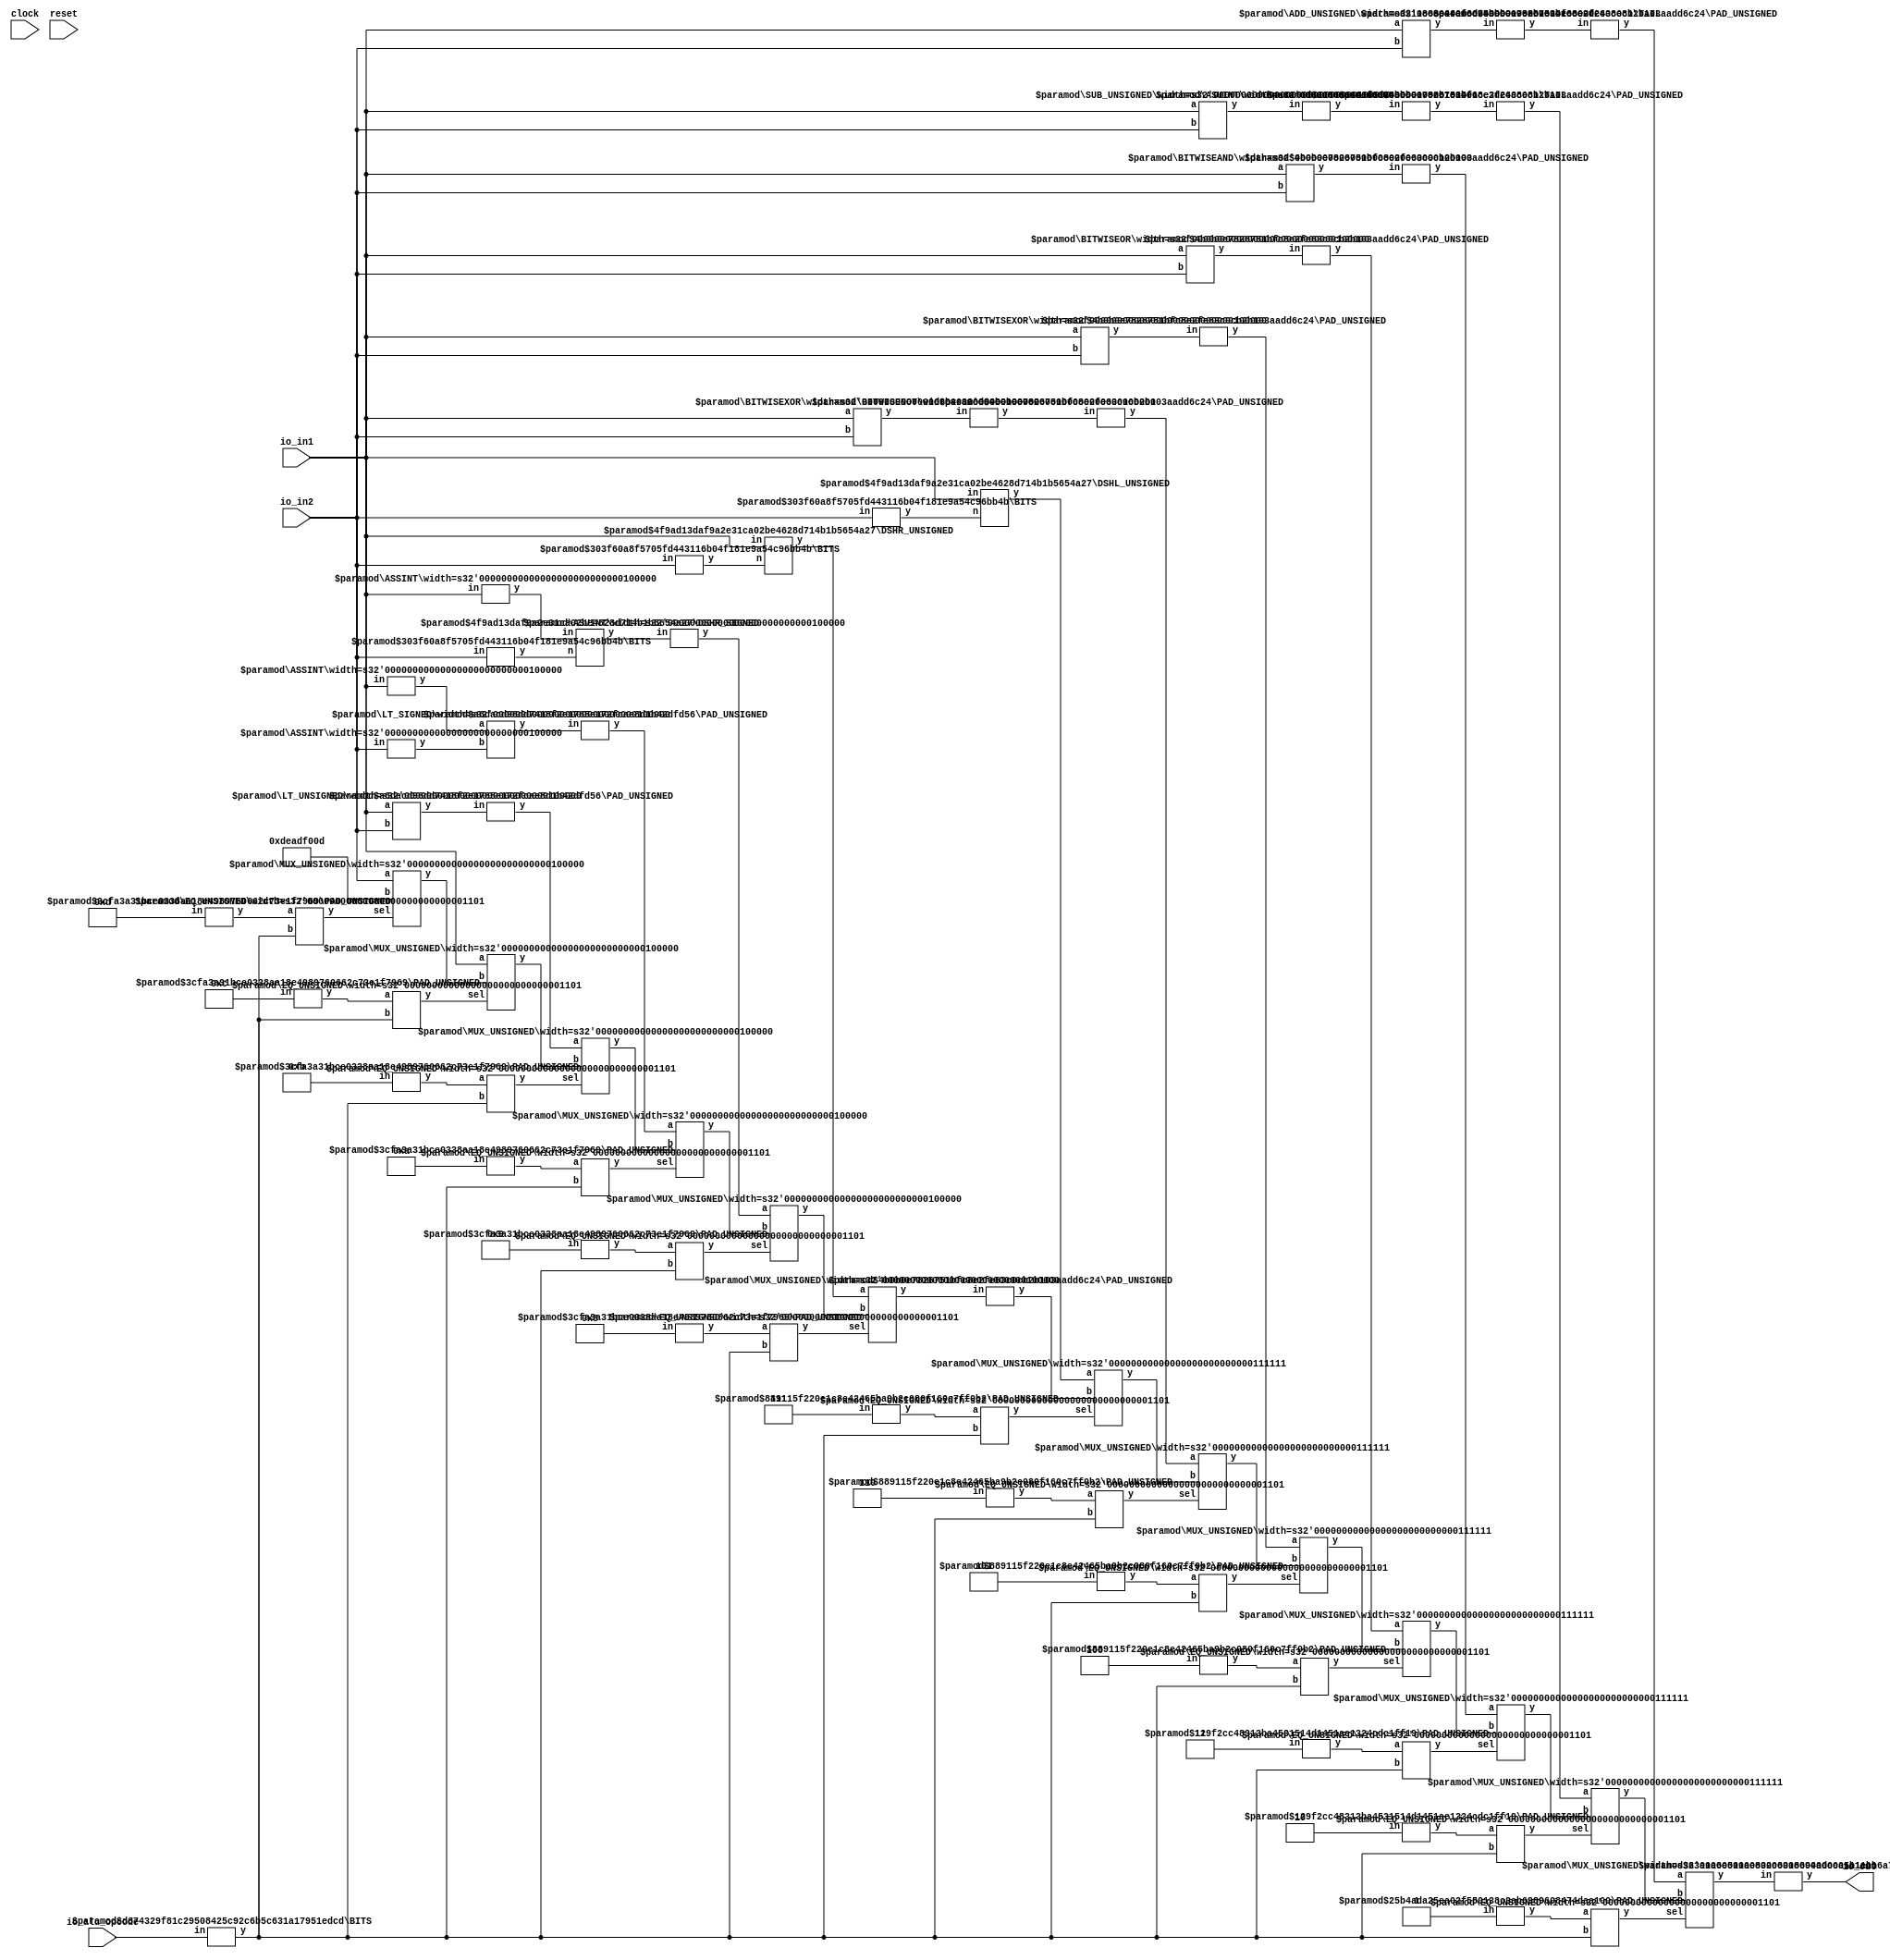
module ALU(
    input clock,
    input reset,
    input [31:0] io_in1,
    input [31:0] io_in2,
    input [12:0] io_alu_opcode,
    output [31:0] io_out
);
    wire [12:0] mux_alu_opcode;
    BITS #(.width(13), .high(12), .low(0)) bits_1 (
        .y(mux_alu_opcode),
        .in(io_alu_opcode)
    );
    wire [32:0] _T_20;
    ADD_UNSIGNED #(.width(32)) u_add_2 (
        .y(_T_20),
        .a(io_in1),
        .b(io_in2)
    );
    wire [31:0] _T_21;
    TAIL #(.width(33), .n(1)) tail_3 (
        .y(_T_21),
        .in(_T_20)
    );
    wire [32:0] _T_22;
    SUB_UNSIGNED #(.width(32)) u_sub_4 (
        .y(_T_22),
        .a(io_in1),
        .b(io_in2)
    );
    wire [32:0] _T_23;
    ASUINT #(.width(33)) asuint_5 (
        .y(_T_23),
        .in(_T_22)
    );
    wire [31:0] _T_24;
    TAIL #(.width(33), .n(1)) tail_6 (
        .y(_T_24),
        .in(_T_23)
    );
    wire [31:0] _T_25;
    BITWISEAND #(.width(32)) bitwiseand_7 (
        .y(_T_25),
        .a(io_in1),
        .b(io_in2)
    );
    wire [31:0] _T_26;
    BITWISEOR #(.width(32)) bitwiseor_8 (
        .y(_T_26),
        .a(io_in1),
        .b(io_in2)
    );
    wire [31:0] _T_27;
    BITWISEXOR #(.width(32)) bitwisexor_9 (
        .y(_T_27),
        .a(io_in1),
        .b(io_in2)
    );
    wire [31:0] _T_28;
    BITWISEXOR #(.width(32)) bitwisexor_10 (
        .y(_T_28),
        .a(io_in1),
        .b(io_in2)
    );
    wire [31:0] _T_29;
    BITWISENOT #(.width(32)) bitwisenot_11 (
        .y(_T_29),
        .in(_T_28)
    );
    wire [4:0] _T_30;
    BITS #(.width(32), .high(4), .low(0)) bits_12 (
        .y(_T_30),
        .in(io_in2)
    );
    wire [62:0] _T_31;
    DSHL_UNSIGNED #(.width_in(32), .width_n(5)) u_dshl_13 (
        .y(_T_31),
        .in(io_in1),
        .n(_T_30)
    );
    wire [4:0] _T_32;
    BITS #(.width(32), .high(4), .low(0)) bits_14 (
        .y(_T_32),
        .in(io_in2)
    );
    wire [31:0] _T_33;
    DSHR_UNSIGNED #(.width_in(32), .width_n(5)) u_dshr_15 (
        .y(_T_33),
        .in(io_in1),
        .n(_T_32)
    );
    wire [31:0] _T_34;
    ASSINT #(.width(32)) assint_16 (
        .y(_T_34),
        .in(io_in1)
    );
    wire [4:0] _T_35;
    BITS #(.width(32), .high(4), .low(0)) bits_17 (
        .y(_T_35),
        .in(io_in2)
    );
    wire [31:0] _T_36;
    DSHR_SIGNED #(.width_in(32), .width_n(5)) s_dshr_18 (
        .y(_T_36),
        .in(_T_34),
        .n(_T_35)
    );
    wire [31:0] _T_37;
    ASUINT #(.width(32)) asuint_19 (
        .y(_T_37),
        .in(_T_36)
    );
    wire [31:0] _T_38;
    ASSINT #(.width(32)) assint_20 (
        .y(_T_38),
        .in(io_in1)
    );
    wire [31:0] _T_39;
    ASSINT #(.width(32)) assint_21 (
        .y(_T_39),
        .in(io_in2)
    );
    wire _T_40;
    LT_SIGNED #(.width(32)) s_lt_22 (
        .y(_T_40),
        .a(_T_38),
        .b(_T_39)
    );
    wire _T_41;
    LT_UNSIGNED #(.width(32)) u_lt_23 (
        .y(_T_41),
        .a(io_in1),
        .b(io_in2)
    );
    wire _T_42;
    wire [12:0] _WTEMP_0;
    PAD_UNSIGNED #(.width(4), .n(13)) u_pad_24 (
        .y(_WTEMP_0),
        .in(4'hD)
    );
    EQ_UNSIGNED #(.width(13)) u_eq_25 (
        .y(_T_42),
        .a(_WTEMP_0),
        .b(mux_alu_opcode)
    );
    wire [31:0] _T_43;
    MUX_UNSIGNED #(.width(32)) u_mux_26 (
        .y(_T_43),
        .sel(_T_42),
        .a(io_in2),
        .b(32'hDEADF00D)
    );
    wire _T_44;
    wire [12:0] _WTEMP_1;
    PAD_UNSIGNED #(.width(4), .n(13)) u_pad_27 (
        .y(_WTEMP_1),
        .in(4'hC)
    );
    EQ_UNSIGNED #(.width(13)) u_eq_28 (
        .y(_T_44),
        .a(_WTEMP_1),
        .b(mux_alu_opcode)
    );
    wire [31:0] _T_45;
    MUX_UNSIGNED #(.width(32)) u_mux_29 (
        .y(_T_45),
        .sel(_T_44),
        .a(io_in1),
        .b(_T_43)
    );
    wire _T_46;
    wire [12:0] _WTEMP_2;
    PAD_UNSIGNED #(.width(4), .n(13)) u_pad_30 (
        .y(_WTEMP_2),
        .in(4'hB)
    );
    EQ_UNSIGNED #(.width(13)) u_eq_31 (
        .y(_T_46),
        .a(_WTEMP_2),
        .b(mux_alu_opcode)
    );
    wire [31:0] _T_47;
    wire [31:0] _WTEMP_3;
    PAD_UNSIGNED #(.width(1), .n(32)) u_pad_32 (
        .y(_WTEMP_3),
        .in(_T_41)
    );
    MUX_UNSIGNED #(.width(32)) u_mux_33 (
        .y(_T_47),
        .sel(_T_46),
        .a(_WTEMP_3),
        .b(_T_45)
    );
    wire _T_48;
    wire [12:0] _WTEMP_4;
    PAD_UNSIGNED #(.width(4), .n(13)) u_pad_34 (
        .y(_WTEMP_4),
        .in(4'hA)
    );
    EQ_UNSIGNED #(.width(13)) u_eq_35 (
        .y(_T_48),
        .a(_WTEMP_4),
        .b(mux_alu_opcode)
    );
    wire [31:0] _T_49;
    wire [31:0] _WTEMP_5;
    PAD_UNSIGNED #(.width(1), .n(32)) u_pad_36 (
        .y(_WTEMP_5),
        .in(_T_40)
    );
    MUX_UNSIGNED #(.width(32)) u_mux_37 (
        .y(_T_49),
        .sel(_T_48),
        .a(_WTEMP_5),
        .b(_T_47)
    );
    wire _T_50;
    wire [12:0] _WTEMP_6;
    PAD_UNSIGNED #(.width(4), .n(13)) u_pad_38 (
        .y(_WTEMP_6),
        .in(4'h9)
    );
    EQ_UNSIGNED #(.width(13)) u_eq_39 (
        .y(_T_50),
        .a(_WTEMP_6),
        .b(mux_alu_opcode)
    );
    wire [31:0] _T_51;
    MUX_UNSIGNED #(.width(32)) u_mux_40 (
        .y(_T_51),
        .sel(_T_50),
        .a(_T_37),
        .b(_T_49)
    );
    wire _T_52;
    wire [12:0] _WTEMP_7;
    PAD_UNSIGNED #(.width(4), .n(13)) u_pad_41 (
        .y(_WTEMP_7),
        .in(4'h8)
    );
    EQ_UNSIGNED #(.width(13)) u_eq_42 (
        .y(_T_52),
        .a(_WTEMP_7),
        .b(mux_alu_opcode)
    );
    wire [31:0] _T_53;
    MUX_UNSIGNED #(.width(32)) u_mux_43 (
        .y(_T_53),
        .sel(_T_52),
        .a(_T_33),
        .b(_T_51)
    );
    wire _T_54;
    wire [12:0] _WTEMP_8;
    PAD_UNSIGNED #(.width(3), .n(13)) u_pad_44 (
        .y(_WTEMP_8),
        .in(3'h7)
    );
    EQ_UNSIGNED #(.width(13)) u_eq_45 (
        .y(_T_54),
        .a(_WTEMP_8),
        .b(mux_alu_opcode)
    );
    wire [62:0] _T_55;
    wire [62:0] _WTEMP_9;
    PAD_UNSIGNED #(.width(32), .n(63)) u_pad_46 (
        .y(_WTEMP_9),
        .in(_T_53)
    );
    MUX_UNSIGNED #(.width(63)) u_mux_47 (
        .y(_T_55),
        .sel(_T_54),
        .a(_T_31),
        .b(_WTEMP_9)
    );
    wire _T_56;
    wire [12:0] _WTEMP_10;
    PAD_UNSIGNED #(.width(3), .n(13)) u_pad_48 (
        .y(_WTEMP_10),
        .in(3'h6)
    );
    EQ_UNSIGNED #(.width(13)) u_eq_49 (
        .y(_T_56),
        .a(_WTEMP_10),
        .b(mux_alu_opcode)
    );
    wire [62:0] _T_57;
    wire [62:0] _WTEMP_11;
    PAD_UNSIGNED #(.width(32), .n(63)) u_pad_50 (
        .y(_WTEMP_11),
        .in(_T_29)
    );
    MUX_UNSIGNED #(.width(63)) u_mux_51 (
        .y(_T_57),
        .sel(_T_56),
        .a(_WTEMP_11),
        .b(_T_55)
    );
    wire _T_58;
    wire [12:0] _WTEMP_12;
    PAD_UNSIGNED #(.width(3), .n(13)) u_pad_52 (
        .y(_WTEMP_12),
        .in(3'h5)
    );
    EQ_UNSIGNED #(.width(13)) u_eq_53 (
        .y(_T_58),
        .a(_WTEMP_12),
        .b(mux_alu_opcode)
    );
    wire [62:0] _T_59;
    wire [62:0] _WTEMP_13;
    PAD_UNSIGNED #(.width(32), .n(63)) u_pad_54 (
        .y(_WTEMP_13),
        .in(_T_27)
    );
    MUX_UNSIGNED #(.width(63)) u_mux_55 (
        .y(_T_59),
        .sel(_T_58),
        .a(_WTEMP_13),
        .b(_T_57)
    );
    wire _T_60;
    wire [12:0] _WTEMP_14;
    PAD_UNSIGNED #(.width(3), .n(13)) u_pad_56 (
        .y(_WTEMP_14),
        .in(3'h4)
    );
    EQ_UNSIGNED #(.width(13)) u_eq_57 (
        .y(_T_60),
        .a(_WTEMP_14),
        .b(mux_alu_opcode)
    );
    wire [62:0] _T_61;
    wire [62:0] _WTEMP_15;
    PAD_UNSIGNED #(.width(32), .n(63)) u_pad_58 (
        .y(_WTEMP_15),
        .in(_T_26)
    );
    MUX_UNSIGNED #(.width(63)) u_mux_59 (
        .y(_T_61),
        .sel(_T_60),
        .a(_WTEMP_15),
        .b(_T_59)
    );
    wire _T_62;
    wire [12:0] _WTEMP_16;
    PAD_UNSIGNED #(.width(2), .n(13)) u_pad_60 (
        .y(_WTEMP_16),
        .in(2'h3)
    );
    EQ_UNSIGNED #(.width(13)) u_eq_61 (
        .y(_T_62),
        .a(_WTEMP_16),
        .b(mux_alu_opcode)
    );
    wire [62:0] _T_63;
    wire [62:0] _WTEMP_17;
    PAD_UNSIGNED #(.width(32), .n(63)) u_pad_62 (
        .y(_WTEMP_17),
        .in(_T_25)
    );
    MUX_UNSIGNED #(.width(63)) u_mux_63 (
        .y(_T_63),
        .sel(_T_62),
        .a(_WTEMP_17),
        .b(_T_61)
    );
    wire _T_64;
    wire [12:0] _WTEMP_18;
    PAD_UNSIGNED #(.width(2), .n(13)) u_pad_64 (
        .y(_WTEMP_18),
        .in(2'h2)
    );
    EQ_UNSIGNED #(.width(13)) u_eq_65 (
        .y(_T_64),
        .a(_WTEMP_18),
        .b(mux_alu_opcode)
    );
    wire [62:0] _T_65;
    wire [62:0] _WTEMP_19;
    PAD_UNSIGNED #(.width(32), .n(63)) u_pad_66 (
        .y(_WTEMP_19),
        .in(_T_24)
    );
    MUX_UNSIGNED #(.width(63)) u_mux_67 (
        .y(_T_65),
        .sel(_T_64),
        .a(_WTEMP_19),
        .b(_T_63)
    );
    wire _T_66;
    wire [12:0] _WTEMP_20;
    PAD_UNSIGNED #(.width(1), .n(13)) u_pad_68 (
        .y(_WTEMP_20),
        .in(1'h1)
    );
    EQ_UNSIGNED #(.width(13)) u_eq_69 (
        .y(_T_66),
        .a(_WTEMP_20),
        .b(mux_alu_opcode)
    );
    wire [62:0] _T_67;
    wire [62:0] _WTEMP_21;
    PAD_UNSIGNED #(.width(32), .n(63)) u_pad_70 (
        .y(_WTEMP_21),
        .in(_T_21)
    );
    MUX_UNSIGNED #(.width(63)) u_mux_71 (
        .y(_T_67),
        .sel(_T_66),
        .a(_WTEMP_21),
        .b(_T_65)
    );
    wire _T_69;
    BITS #(.width(1), .high(0), .low(0)) bits_72 (
        .y(_T_69),
        .in(reset)
    );
    wire _T_71;
    EQ_UNSIGNED #(.width(1)) u_eq_73 (
        .y(_T_71),
        .a(_T_69),
        .b(1'h0)
    );
    BITS #(.width(63), .high(31), .low(0)) bits_74 (
        .y(io_out),
        .in(_T_67)
    );
endmodule //ALU
module BITS(y, in);
    parameter width = 4;
    parameter high = 2;
    parameter low = 0;
    output [high-low:0] y;
    input [width-1:0] in;
    assign y = in[high:low];
endmodule // BITS
module ADD_UNSIGNED(y, a, b);
    parameter width = 4;
    output [width:0] y;
    input [width-1:0] a;
    input [width-1:0] b;
    assign y = a + b;
endmodule // ADD_UNSIGNED
module TAIL(y, in);
    parameter width = 4;
    parameter n = 2;
    output [width-n-1:0] y;
    input [width-1:0] in;
    assign y = in[width-n-1:0];
endmodule // TAIL
module SUB_UNSIGNED(y, a, b);
    parameter width = 4;
    output [width:0] y;
    input [width-1:0] a;
    input [width-1:0] b;
    assign y = a - b;
endmodule // SUB_UNSIGNED
module ASUINT(y, in);
    parameter width = 4;
    output [width-1:0] y;
    input [width-1:0] in;
    assign y = $unsigned(in);
endmodule // ASUINT
module BITWISEAND(y, a, b);
    parameter width = 4;
    output [width-1:0] y;
    input [width-1:0] a;
    input [width-1:0] b;
    assign y = a & b;
endmodule // BITWISEAND
module BITWISEOR(y, a, b);
    parameter width = 4;
    output [width-1:0] y;
    input [width-1:0] a;
    input [width-1:0] b;
    assign y = a | b;
endmodule // BITWISEOR
module BITWISEXOR(y, a, b);
    parameter width = 4;
    output [width-1:0] y;
    input [width-1:0] a;
    input [width-1:0] b;
    assign y = a ^ b;
endmodule // BITWISEXOR
module BITWISENOT(y, in);
    parameter width = 4;
    output [width-1:0] y;
    input [width-1:0] in;
    assign y = ~in;
endmodule // BITWISENOT
module DSHL_UNSIGNED(y, in, n);
    parameter width_in = 4;
    parameter width_n = 2;
    output [(width_in+2**width_n-1)-1:0] y;
    input [width_in-1:0] in;
    input [width_n-1:0] n;
    wire [(width_in+2**width_n-1)-1:0] temp;
    assign temp = {{(2**width_n-1){1'b0}}, in};
    assign y = temp << n;
endmodule // DSHL_UNSIGNED
module DSHR_UNSIGNED(y, in, n);
    parameter width_in = 4;
    parameter width_n = 2;
    output [width_in-1:0] y;
    input [width_in-1:0] in;
    input [width_n-1:0] n;
    assign y = in >> n;
endmodule // DSHR_UNSIGNED
module ASSINT(y, in);
    parameter width = 4;
    output [width-1:0] y;
    input [width-1:0] in;
    assign y = $signed(in);
endmodule // ASSINT
module DSHR_SIGNED(y, in, n);
    parameter width_in = 4;
    parameter width_n = 2;
    output [width_in-1:0] y;
    input [width_in-1:0] in;
    input [width_n-1:0] n;
    assign y = $signed(in) >>> n;
endmodule // DSHR_SIGNED
module LT_SIGNED(y, a, b);
    parameter width = 4;
    output y;
    input [width-1:0] a;
    input [width-1:0] b;
    assign y = $signed(a) < $signed(b);
endmodule // LT_SIGNED
module LT_UNSIGNED(y, a, b);
    parameter width = 4;
    output y;
    input [width-1:0] a;
    input [width-1:0] b;
    assign y = a < b;
endmodule // LT_UNSIGNED
module PAD_UNSIGNED(y, in);
    parameter width = 4;
    parameter n = 4;
    output [(n > width ? n : width)-1:0] y;
    input [width-1:0] in;
    assign y = (n > width) ? {{(n - width){1'b0}}, in} : in;
endmodule // PAD_UNSIGNED
module EQ_UNSIGNED(y, a, b);
    parameter width = 4;
    output y;
    input [width-1:0] a;
    input [width-1:0] b;
    assign y = a == b;
endmodule // EQ_UNSIGNED
module MUX_UNSIGNED(y, sel, a, b);
    parameter width = 4;
    output [width-1:0] y;
    input sel;
    input [width-1:0] a;
    input [width-1:0] b;
    assign y = sel ? a : b;
endmodule // MUX_UNSIGNED